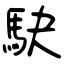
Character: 駃